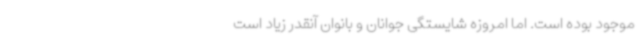
موجود بوده است. اما امروزه شایستگی جوانان و بانوان آنقدر زیاد است